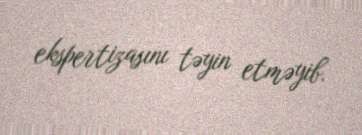
ekspertizasını təyin etməyib.